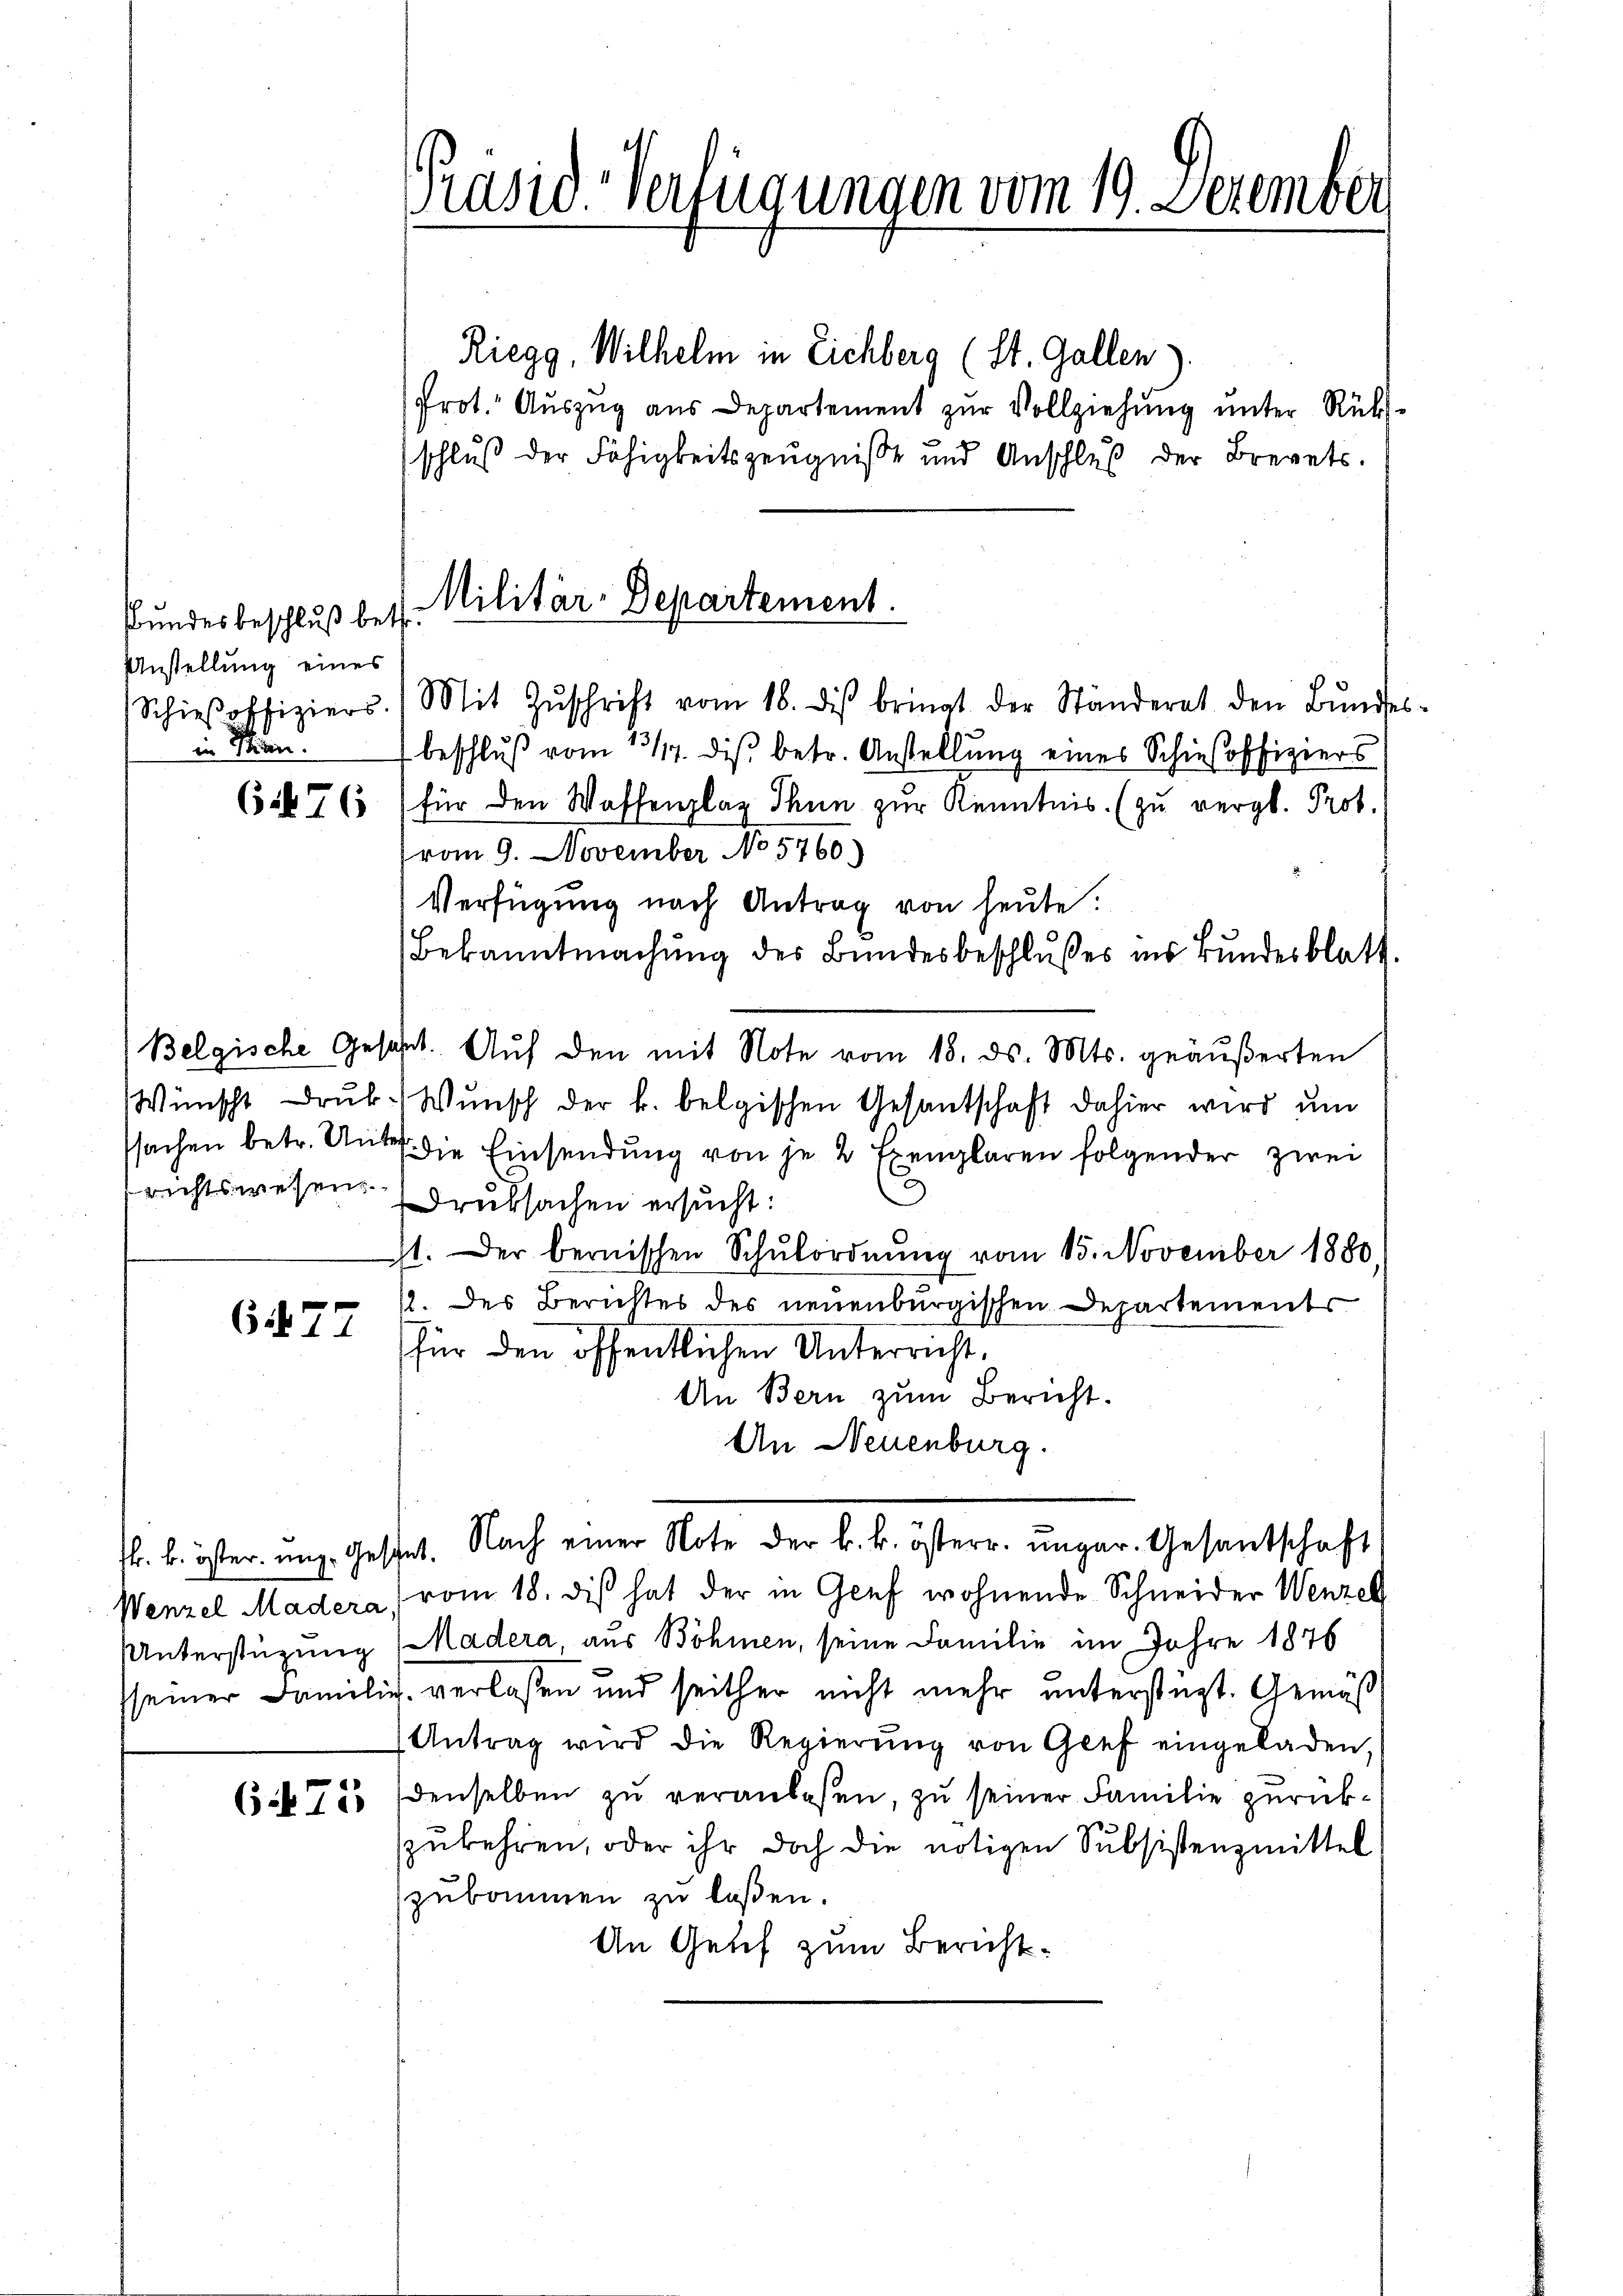
Bundesbeschluß betr.
Anstellung eines
in Min.

6477

k. k. öster ung. Gesant.

675

räsid. Verfügungen vom 19. Dezember

Militär-Departement.
Schieβoffiziers.) Mit Zŭschrift vom 18. des bringt der Ständerat den Bŭnde

Riegg, Wilhelm in Eichberg (St. Gallen
Prot. Auszug aus Departement zur Vollziehung unter Rücks¬
(schluß der Fähigkeitszeugnisse und Anschluß der Brevets.
beschlŭβ vom 1317. diβ. betr. Anstellŭng eines Schieβoffiziers
6. 76 (für den Waffenplaz Thun zur Kenntnis. (zu vergl. Prot.
vom 9. November No 5760.)
Verfügung nach Antrag von heute!
Bekanntmachŭng des Bŭndesbeschlŭβes ins Bŭndesblatt.
Belgische Gesetzt. Auf den mit Note vom 15. ds. Mts. geäußerten
Wünscht Druk Wunsch der k. belgischen Gesantschaft dahier wird um
sachen betr. Unter die Einsendung von je 2 Exemplaren folgender zwei
richtswesen Druksachen ersucht:
11. Der bernischen Schŭlordnŭng vom 15. November 1880.
1. des Berichtes des neuenburgischen Departements
für den öffentlichen Unterricht.
An Bern zum Bericht.
An Neuenburg.
Nach einer Note der k. k. österr. ungar. Gesantschaft
Wenzel Madera vom 18. dis hat der in Genf wohnende Schneider Wenzel
Unterstüzung (Madera, aus Böhmen, seine Familie im Jahre 1876
sseiner Familie verlassen und seither nicht mehr unterstagt. Gemäß
Antrag wird die Regierŭng von Glef eingeladen,
denselben zu veranlaßen, zu seiner Familie zurückzukehren, oder ihr doch die nötigen Subsistenzmittel
zukommen zu laßen.
An Genf zum Bericht.

b